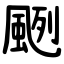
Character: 颲